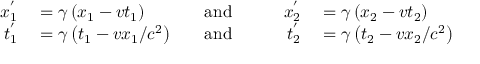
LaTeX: \begin{array} { r l r l r l } { x _ { 1 } ^ { ' } } & { { } = \gamma \left( x _ { 1 } - v t _ { 1 } \right) } & { \quad \mathrm { a n d } \quad } & { { } } & { x _ { 2 } ^ { ' } } & { { } = \gamma \left( x _ { 2 } - v t _ { 2 } \right) } \\ { t _ { 1 } ^ { ' } } & { { } = \gamma \left( t _ { 1 } - v x _ { 1 } / c ^ { 2 } \right) } & { \quad \mathrm { a n d } \quad } & { { } } & { t _ { 2 } ^ { ' } } & { { } = \gamma \left( t _ { 2 } - v x _ { 2 } / c ^ { 2 } \right) } \end{array}